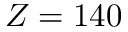
Z = 1 4 0